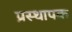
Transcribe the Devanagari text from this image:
प्रस्थापक